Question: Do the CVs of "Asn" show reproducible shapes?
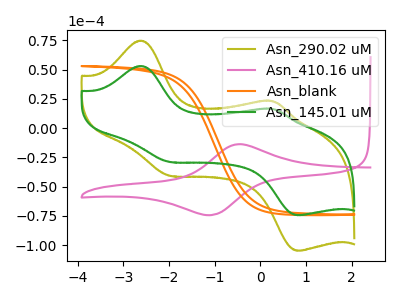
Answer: <think>The olive curve "Asn_290.02 uM" has anodic peaks at (-2.60V, 74.70uA) (0.30V, 23.00uA) and cathodic peaks at (-2.00V, -40.50uA) (0.85V, -104.70uA). The pink curve "Asn_410.16 uM" has an anodic peak at (-0.45V, -13.70uA) and a cathodic peak at (-1.10V, -74.35uA). The orange curve "Asn_blank" has no peaks. The green curve "Asn_145.01 uM" has anodic peaks at (-2.60V, 53.05uA) (0.30V, 16.30uA) and cathodic peaks at (-2.00V, -28.75uA) (0.85V, -74.35uA).
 "Asn_290.02 uM" and "Asn_410.16 uM" have a different number of peaks. "Asn_290.02 uM" and "Asn_blank" have a different number of peaks. All the peaks in "Asn_290.02 uM" have a peak in "Asn_145.01 uM" at the same potential. Every peak in "Asn_290.02 uM" is higher than every peak in "Asn_145.01 uM". "Asn_410.16 uM" and "Asn_blank" have a different number of peaks. "Asn_410.16 uM" and "Asn_145.01 uM" have a different number of peaks. "Asn_blank" and "Asn_145.01 uM" have a different number of peaks.</think>
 <answer>All the CV's of "Asn" have similar shape.</answer>
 <eval>follow_rule</eval>